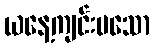
ယနေ့ကျင်းပသော